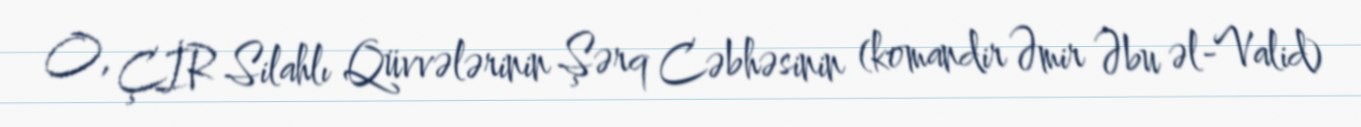
O, ÇİR Silahlı Qüvvələrinin Şərq Cəbhəsinin (komandir Əmir Əbu əl-Valid)